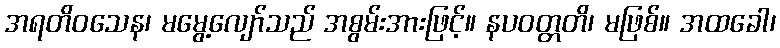
အရတိဝသေန၊ မမွေ့လျော်သည် အစွမ်းအားဖြင့်။ နပဝတ္တတိ၊ မဖြစ်။ အထခေါ၊